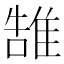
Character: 䧼